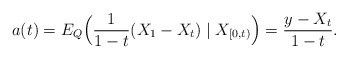
\begin{align*} a(t)= E_{Q}\Big(\frac{1}{1-t}(X_1 - X_t) \mid X _{ [0,t)}\Big)= \frac{y-X_t}{1-t}.\end{align*}